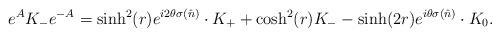
LaTeX: \begin{align*}e^{A}K_-e^{-A}= \sinh^2(r) e^{i2\theta\sigma(\hat n)}\cdot K_+ +\cosh^2 (r) K_- -\sinh(2r)e^{i\theta\sigma(\hat n)}\cdot K_0.\end{align*}